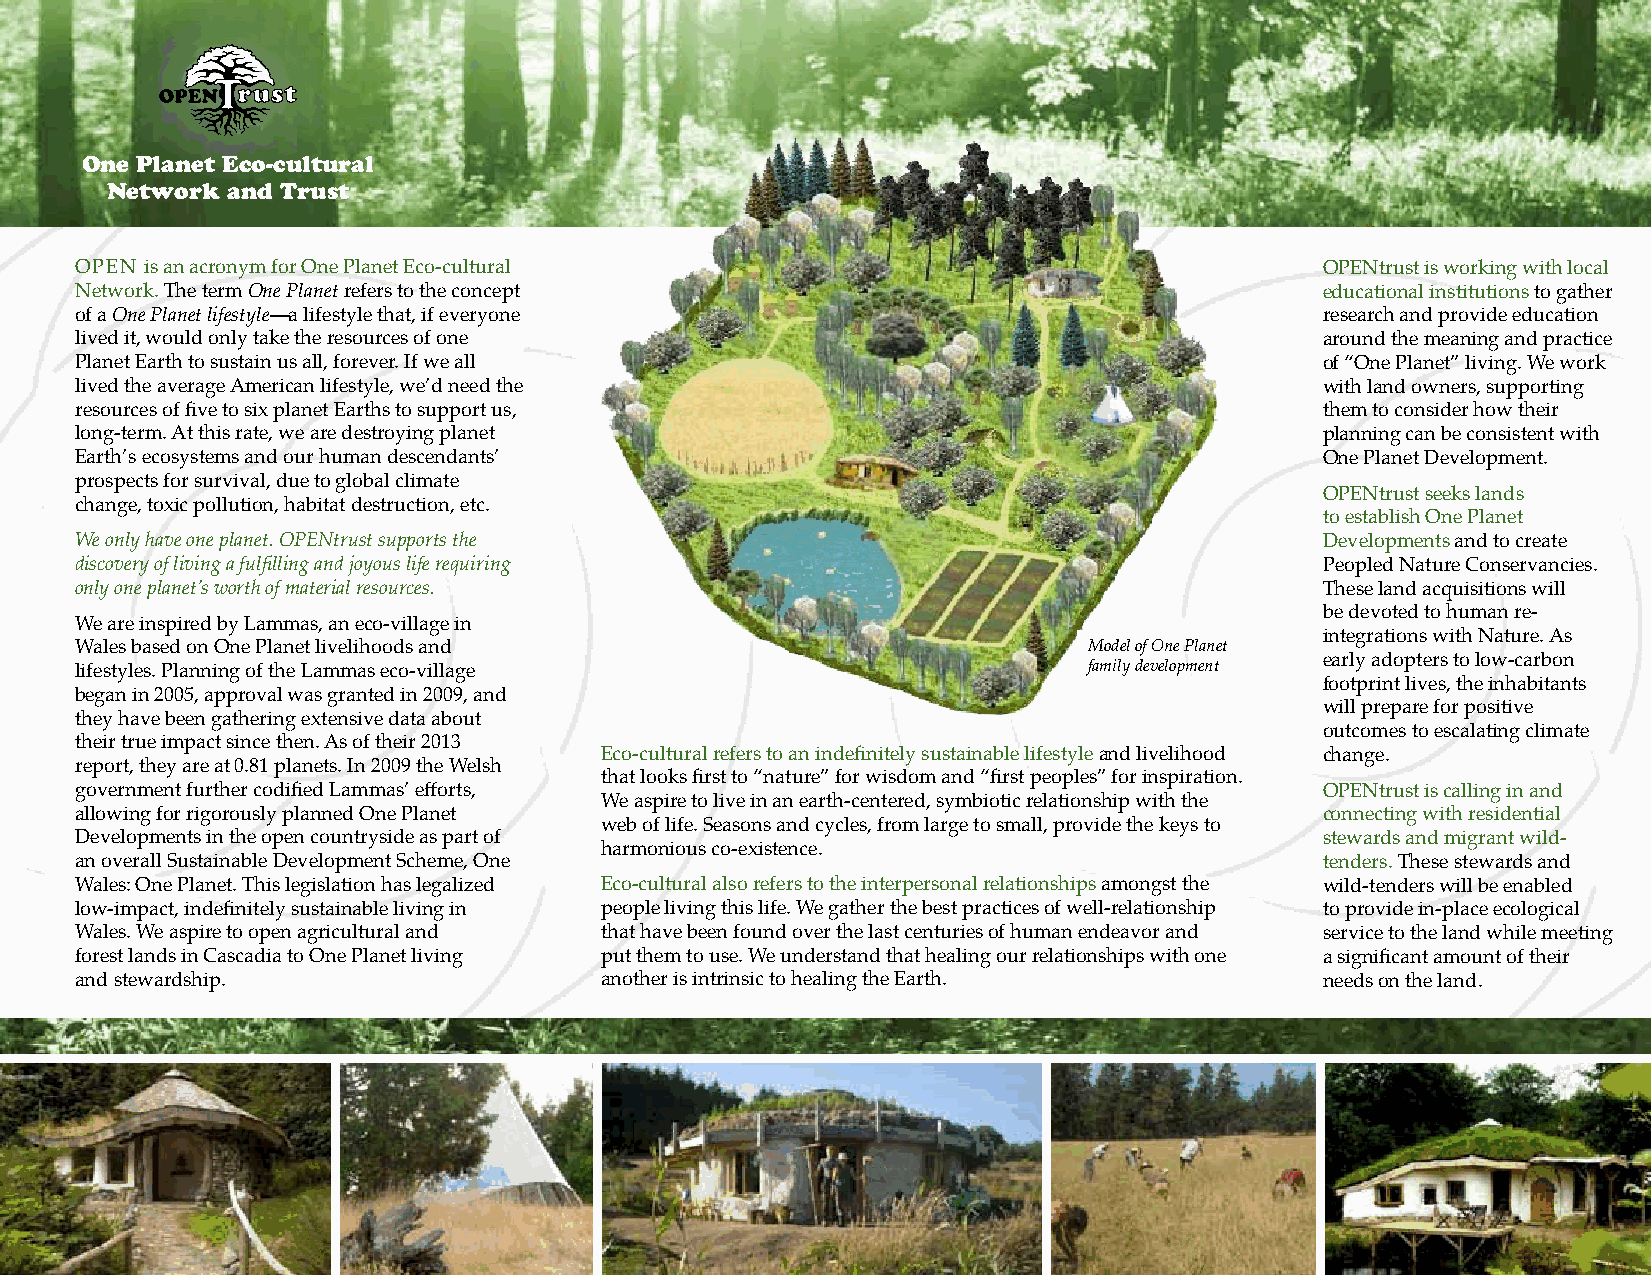
One Planet Eco-cultural
 Network and Trust
 OPEN is an acronym for One Planet Eco-cultural                                     OPENtrust is working with local
 Network. The term One Planet refers to the concept                                 educational institutions to gather
 of a One Planet lifestyle—a lifestyle that, if everyone                            research and provide education
 lived it, would only take the resources of one                                     around the meaning and practice
 Planet Earth to sustain us all, forever. If we all                                 of “One Planet” living. We work
 lived the average American lifestyle, we’d need the                                with land owners, supporting
 resources of five to six planet Earths to support us,                              them to consider how their
 long-term. At this rate, we are destroying planet                                  planning can be consistent with
 Earth’s ecosystems and our human descendants’                                      One Planet Development.
 prospects for survival, due to global climate
 OPENtrust seeks lands
 change, toxic pollution, habitat destruction, etc.
 to establish One Planet
 We only have one planet. OPENtrust supports the                                    Developments and to create
 discovery of living a fulfilling and joyous life requiring                         Peopled Nature Conservancies.
 only one planet’s worth of material resources.                                     These land acquisitions will
 be devoted to human re-
 We are inspired by Lammas, an eco-village in
 integrations with Nature. As
 Wales based on One Planet livelihoods and                          Model of One Planet
 early adopters to low-carbon
 lifestyles. Planning of the Lammas eco-village                     family development
 footprint lives, the inhabitants
 began in 2005, approval was granted in 2009, and
 will prepare for positive
 they have been gathering extensive data about
 outcomes to escalating climate
 their true impact since then. As of their 2013
 Eco-cultural refers to an indefinitely sustainable lifestyle and livelihood change.
 report, they are at 0.81 planets. In 2009 the Welsh
 that looks first to “nature” for wisdom and “first peoples” for inspiration.
 government further codified Lammas’ efforts,                                       OPENtrust is calling in and
 We aspire to live in an earth-centered, symbiotic relationship with the
 allowing for rigorously planned One Planet                                         connecting with residential
 web of life. Seasons and cycles, from large to small, provide the keys to
 Developments in the open countryside as part of                                    stewards and migrant wild-
 harmonious co-existence.
 an overall Sustainable Development Scheme, One                                     tenders. These stewards and
 Wales: One Planet. This legislation has legalized Eco-cultural also refers to the interpersonal relationships amongst the wild-tenders will be enabled
 low-impact, indefinitely sustainable living in people living this life. We gather the best practices of well-relationship to provide in-place ecological
 Wales. We aspire to open agricultural and that have been found over the last centuries of human endeavor and service to the land while meeting
 forest lands in Cascadia to One Planet living put them to use. We understand that healing our relationships with one a significant amount of their
 and stewardship.                   another is intrinsic to healing the Earth.      needs on the land.